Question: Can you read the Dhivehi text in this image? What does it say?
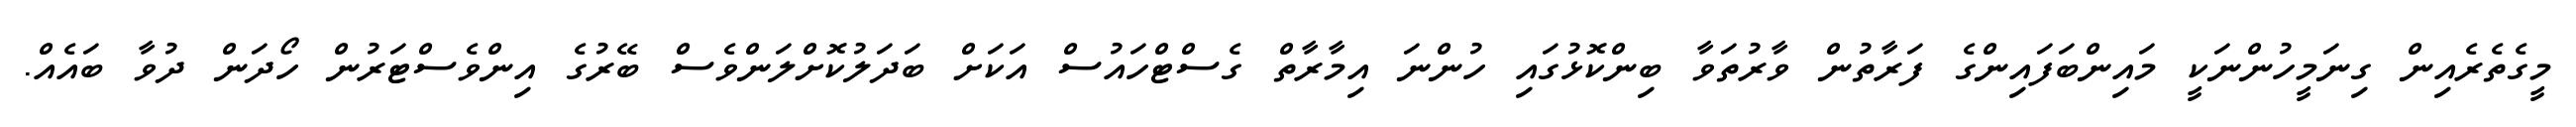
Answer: މީގެތެރެއިން ގިނަމީހުންނަކީ މައިންބަފައިންގެ ފަރާތުން ވާރުތަވާ ބިންކޮޅުގައި ހުންނަ އިމާރާތް ގެސްޓްހައުސް އަކަށް ބަދަލުކޮށްލަންވެސް ބޭރުގެ އިންވެސްޓަރުން ހޯދަން ދުވާ ބައެއް.